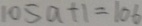
1 0 5 a + 1 = 1 0 6